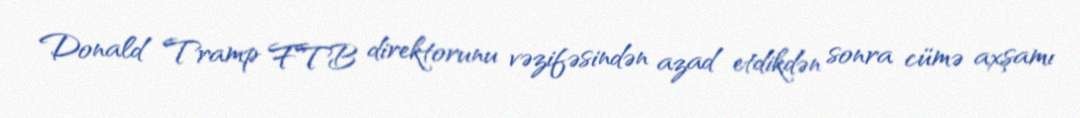
Donald Tramp FTB direktorunu vəzifəsindən azad etdikdən sonra cümə axşamı